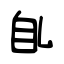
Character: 臫